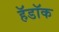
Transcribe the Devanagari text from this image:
हॅडॉक